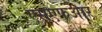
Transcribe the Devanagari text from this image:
एसएफआर